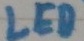
Text: LED